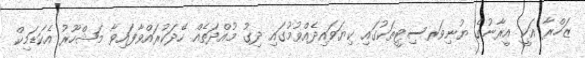
ޒަހްރާ އަކީ އީރާނުގެ ޔުނިވަރސިޓީތަކުގައި ކިޔަވައިދެއްވުމުގައި ދިގު މުއްދަތެއް ހޭދަކުރައްވާފައިވާ މަޝްހޫރު އެކަޑަމިކް